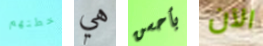
خطتهم هي بأحسن الآن